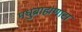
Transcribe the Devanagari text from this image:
मधुब्राह्मणास